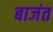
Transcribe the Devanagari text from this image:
बाजंत